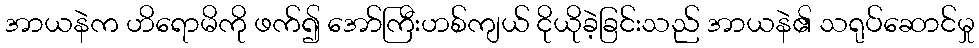
အာယနဲက ဟိရောမိကို ဖက်၍ အော်ကြီးဟစ်ကျယ် ငိုယိုခဲ့ခြင်းသည် အာယနဲ၏ သရုပ်ဆောင်မှု